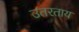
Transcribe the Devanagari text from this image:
उतरताय